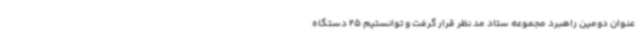
عنوان دومین راهبرد مجموعه ستاد مد نظر قرار گرفت و توانستیم 25 دستگاه